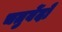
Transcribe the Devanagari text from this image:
चतुर्वेदों